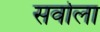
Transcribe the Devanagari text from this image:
सर्वाला